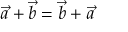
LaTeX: { \vec { a } } + { \vec { b } } = { \vec { b } } + { \vec { a } }